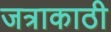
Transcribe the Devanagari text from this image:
जत्राकाठी